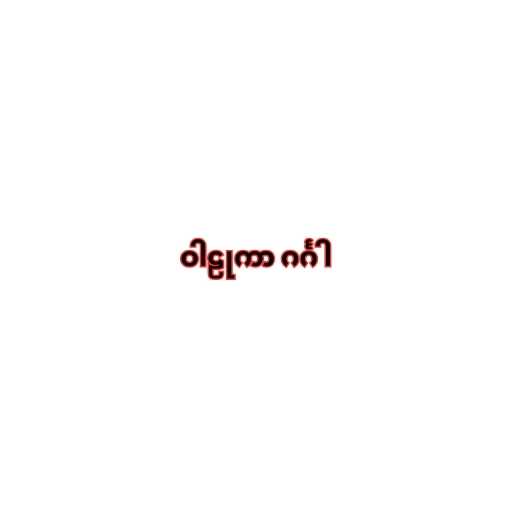
ဝါဠုကာ ဂင်္ဂါ